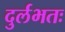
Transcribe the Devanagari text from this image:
दुर्लभतः